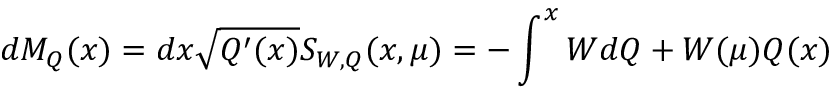
d { \cal M } _ { Q } ( x ) = d x \sqrt { Q ^ { \prime } ( x ) } S _ { W , Q } ( x , \mu ) = - \int _ { } ^ { x } { W d Q } + W ( \mu ) Q ( x )